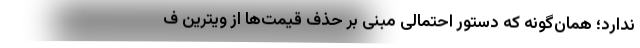
ندارد؛ همان‌گونه که دستور احتمالی مبنی بر حذف قیمت‌ها از ویترین ف